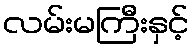
လမ်းမကြီးနှင့်